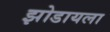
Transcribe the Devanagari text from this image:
झोडायला